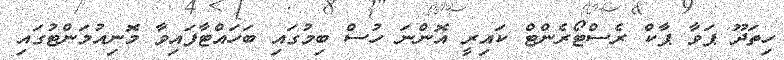
ހިތަދޫ ޕަވާ ޕާކް ރެސްޓޯރެންޓް ކައިރީ އޮންނަ ހުސް ބިމުގައި ބަހައްޓާފައިވާ މޮނިއުމަންޓުގައި